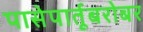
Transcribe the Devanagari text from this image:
पासेपार्तूबरोबर